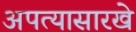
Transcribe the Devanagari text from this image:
अपत्यासारखे